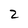
Character: 2